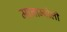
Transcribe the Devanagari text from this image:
मानाम्बोली